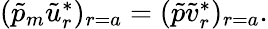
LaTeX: \begin{array}{r}{(\tilde{p}_{m}\tilde{u}_{r}^{*})_{r=a}=(\tilde{p}\tilde{v}_{r}^{*})_{r=a}.}\end{array}